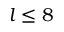
l \leq 8